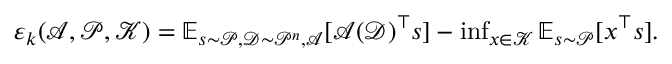
\begin{array} { r } { \varepsilon _ { k } ( \mathcal { A } , \mathcal { P } , \mathcal { K } ) = \mathbb { E } _ { s \sim \mathcal { P } , \mathcal { D } \sim \mathcal { P } ^ { n } , \mathcal { A } } [ \mathcal { A } ( \mathcal { D } ) ^ { \top } s ] - \operatorname* { i n f } _ { x \in \mathcal { K } } \mathbb { E } _ { s \sim \mathcal { P } } [ x ^ { \top } s ] . } \end{array}